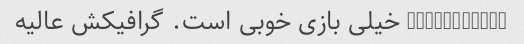
mechwarrior خیلی بازی خوبی است. گرافیکش عالیه